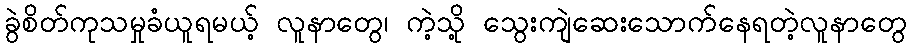
ခွဲစိတ်ကုသမှုခံယူရမယ့် လူနာတွေ၊ ကဲ့သို့ သွေးကျဲဆေးသောက်နေရတဲ့လူနာတွေ